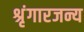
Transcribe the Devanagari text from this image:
श्रृंगारजन्य